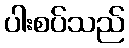
ပါးစပ်သည်